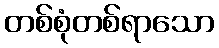
တစ်စုံတစ်ရာသော